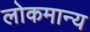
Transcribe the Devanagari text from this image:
लोकमान्‍य